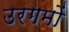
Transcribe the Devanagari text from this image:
उरगमों